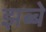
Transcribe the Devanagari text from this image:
झब्बे